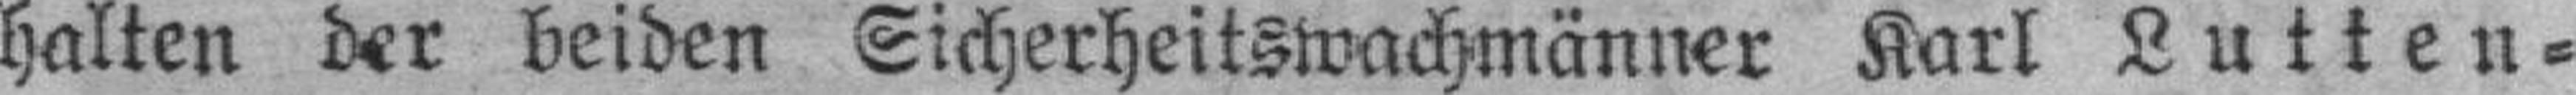
halten der beiden Sicherheitswachmänner Karl Lutten¬